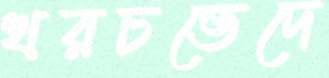
খরচভেদে